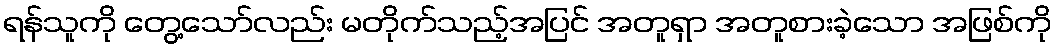
ရန်သူကို တွေ့သော်လည်း မတိုက်သည့်အပြင် အတူရှာ အတူစားခဲ့သော အဖြစ်ကို